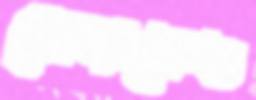
প্লেব্যাকেও